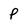
Character: p